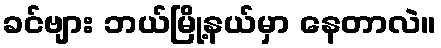
ခင်ဗျား ဘယ်မြို့နယ်မှာ နေတာလဲ။